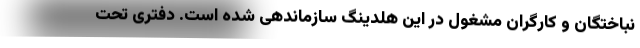
نباختگان و کارگران مشغول در این هلدینگ سازماندهی شده است. دفتری تحت